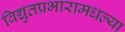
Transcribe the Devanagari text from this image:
विद्युतप्रभारामधल्या